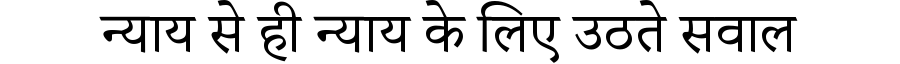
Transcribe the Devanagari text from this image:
न्याय से ही न्याय के लिए उठते सवाल